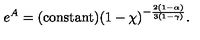
e ^ { A } = \mathrm { ( c o n s t a n t ) } ( 1 - \chi ) ^ { - \frac { 2 ( 1 - \alpha ) } { 3 ( 1 - \gamma ) } } .